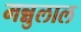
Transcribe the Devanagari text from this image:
मन्नुलाल